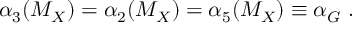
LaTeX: \alpha _ { 3 } ( M _ { X } ) = \alpha _ { 2 } ( M _ { X } ) = \alpha _ { 5 } ( M _ { X } ) \equiv \alpha _ { G } \; .